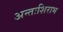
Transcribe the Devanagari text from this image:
अन्तःशिराभ